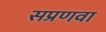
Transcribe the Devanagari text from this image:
सप्रणवा